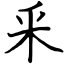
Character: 釆